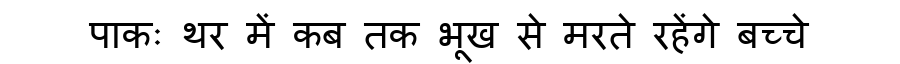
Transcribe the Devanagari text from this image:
पाकः थर में कब तक भूख से मरते रहेंगे बच्चे